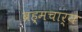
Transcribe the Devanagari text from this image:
ब्रह्मचार्य